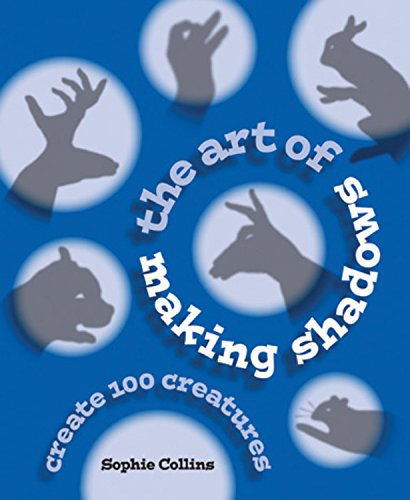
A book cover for The Art of Making Shadows: Create 100 Creatures; Sophie Collins; Crafts, Hobbies & Home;